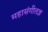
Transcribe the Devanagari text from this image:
महासंगीतज्ञ